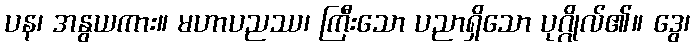
ပန၊ အနွယကား။ မဟာပညဿ၊ ကြီးသော ပညာရှိသော ပုဂ္ဂိုလ်၏။ ဒွေ၊